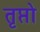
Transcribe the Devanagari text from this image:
तृप्तो